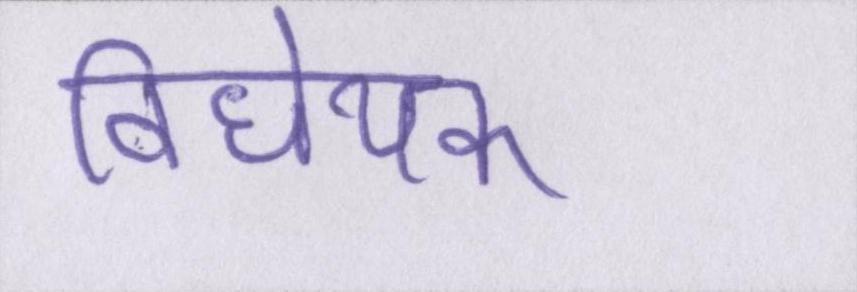
विधेयक